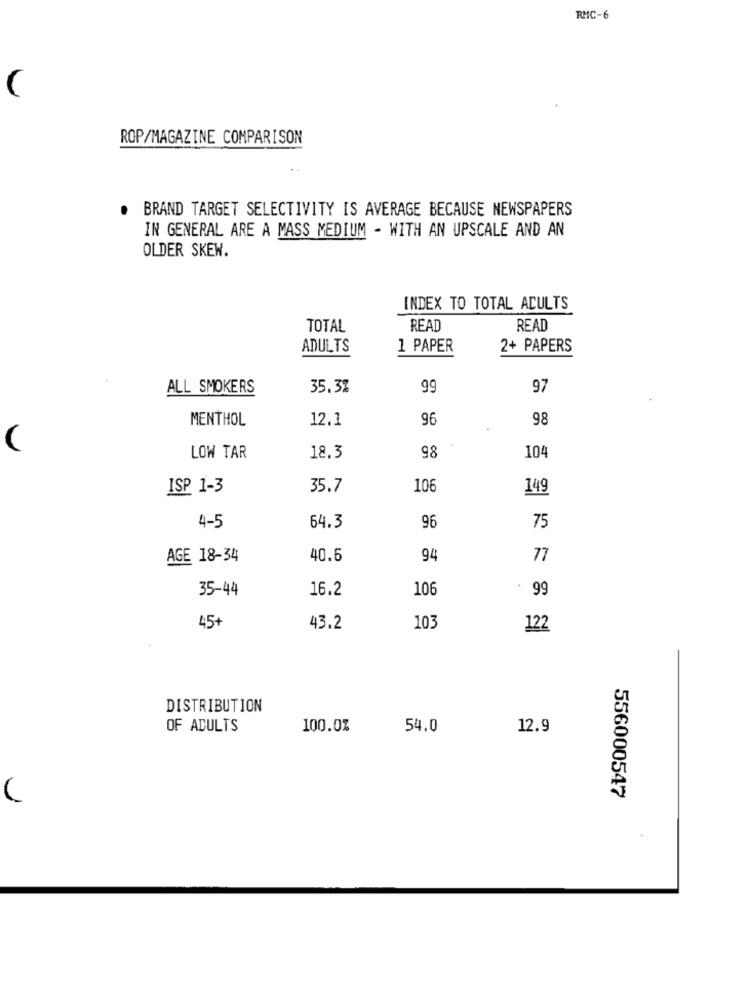
RMC-6
ROP/MAGAZINE COMPARISON
. BRAND TARGET SELECTIVITY IS AVERAGE BECAUSE NEWSPAPERS
IN GENERAL ARE A MASS MEDIUM - WITH AN UPSCALE AND AN
OLDER SKEW.
INDEX TO TOTAL ADULTS
TOTAL
READ
READ
ADULTS
1 PAPER
2+ PAPERS
ALL SMOKERS
35.3%
99
97
MENTHOL
12.1
96
98
(
LOW TAR
18.3
98
104
ISP 1-3
35.7
106
149
4-5
64.3
96
75
AGE 18-34
40.6
94
77
35-44
16.2
106
99
45+
43.2
103
122
DISTRIBUTION
OF ADULTS
100.0%
54.0
12.9
556000547